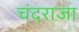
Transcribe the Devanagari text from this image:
चंदराजा